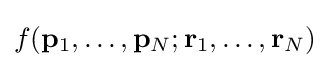
f(\mathbf {p} _{1},\ldots ,\mathbf {p} _{N};\mathbf {r} _{1},\ldots ,\mathbf {r} _{N})